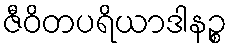
ဇီဝိတပရိယာဒါနဉ္စ